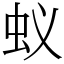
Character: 蚁